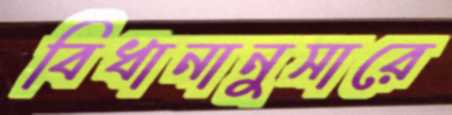
বিধানানুসারে